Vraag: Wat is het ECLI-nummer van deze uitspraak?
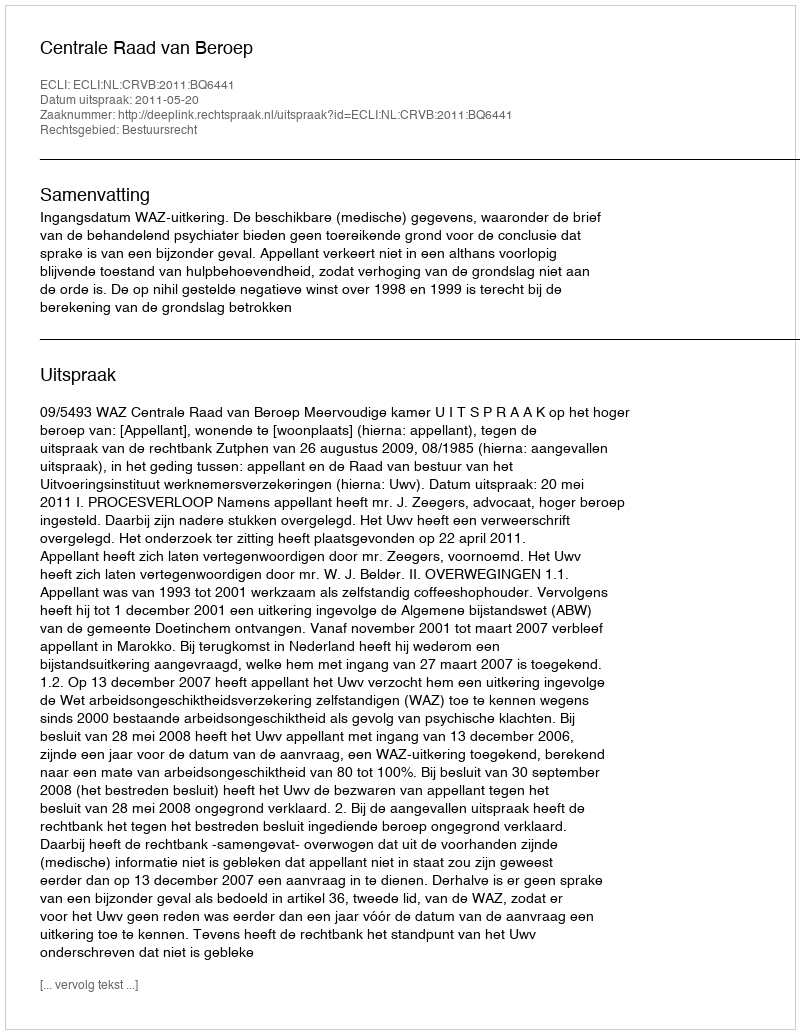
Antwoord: ECLI:NL:CRVB:2011:BQ6441